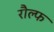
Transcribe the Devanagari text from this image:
रौल्फ